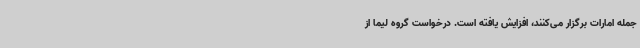
جمله امارات برگزار می‌کنند، افزایش یافته است. درخواست گروه لیما از